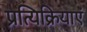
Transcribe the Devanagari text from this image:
प्रत्यिक्रियाएं